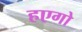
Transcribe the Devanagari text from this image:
हएगो